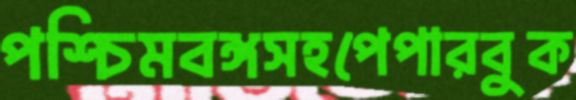
পশ্চিমবঙ্গসহপেপারবুক